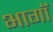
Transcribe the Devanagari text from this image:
भागॉ